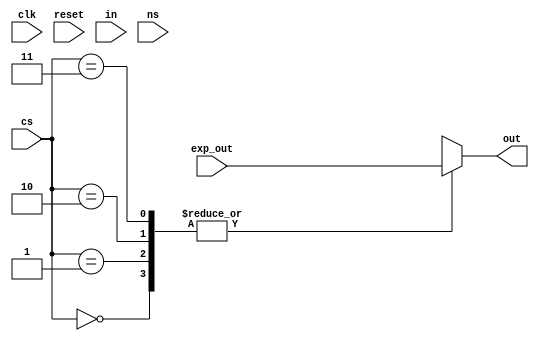
module fsm(input clk, input reset, input [1:0] in, input [1:0] cs, input [1:0] ns, input [3:0] exp_out, output reg [3:0] out);
    parameter ZERO = 0, ONE = 1, TWO = 2, THREE = 3;
    reg [2:0] state;
    reg [2:0] next_state;

    always @(posedge clk) begin
        if (reset) state <= ZERO;  //cs - current state
        else state <= next_state; //ns - next state
    end

    always @(in or cs) begin
        case(cs) 
            ZERO: begin
                case(in) 
                    ZERO: begin
                        next_state = ns;
                    end
                    ONE: begin
                        next_state = ns;
                    end
                    TWO: begin
                        next_state = ns;
                    end
                    THREE: begin
                        next_state = ns;
                    end
                endcase
                out = exp_out;
            end
            ONE: begin
                case(in) 
                    ZERO: begin
                        next_state = ns;
                    end
                    ONE: begin
                        next_state = ns;
                    end
                    TWO: begin
                        next_state = ns;
                    end
                    THREE: begin
                        next_state = ns;
                    end
                endcase
                out = exp_out;
            end
            TWO: begin
                case(in) 
                    ZERO: begin
                        next_state = ns;
                    end
                    ONE: begin
                        next_state = ns;
                    end
                    TWO: begin
                        next_state = ns;
                    end
                    THREE: begin
                        next_state = ns;
                    end
                endcase
                out = exp_out;
            end
            THREE: begin
                case(in) 
                    ZERO: begin
                        next_state = ns;
                    end
                    ONE: begin
                        next_state = ns;
                    end
                    TWO: begin
                        next_state = ns;
                    end
                    THREE: begin
                        next_state = ns;
                    end
                endcase
                out = exp_out;
            end
        endcase
    end
endmodule